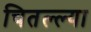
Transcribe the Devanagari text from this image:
चितल्ल्या